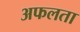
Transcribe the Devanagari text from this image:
अफलता